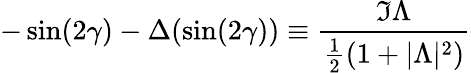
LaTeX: -\sin(2\gamma)-\Delta(\sin(2\gamma))\equiv{\frac{\Im\Lambda}{{\frac{1}{2}}(1+|\Lambda|^{2})}}